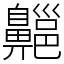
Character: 齆